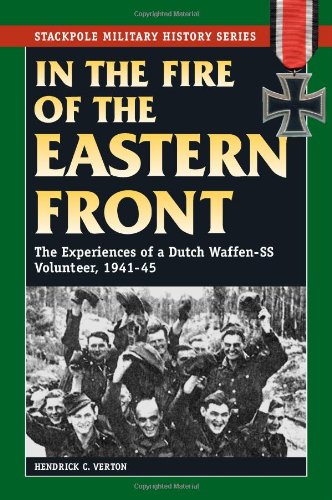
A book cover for In the Fire of the Eastern Front: The Experiences of a Dutch Waffen-SS Volunteer, 1941-45 (Stackpole Military History Series); Hendrick C. Verton; History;